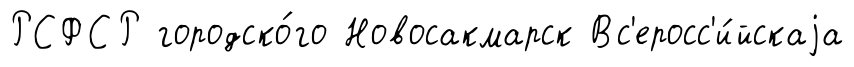
РСФСР городско́го Новосакмарск Вс'еросс'и́йскаjа